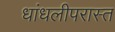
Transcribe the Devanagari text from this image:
धांधलीपरास्त